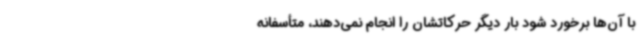
با آن‌ها برخورد شود بار دیگر حرکاتشان را انجام نمی‌دهند، متأسفانه